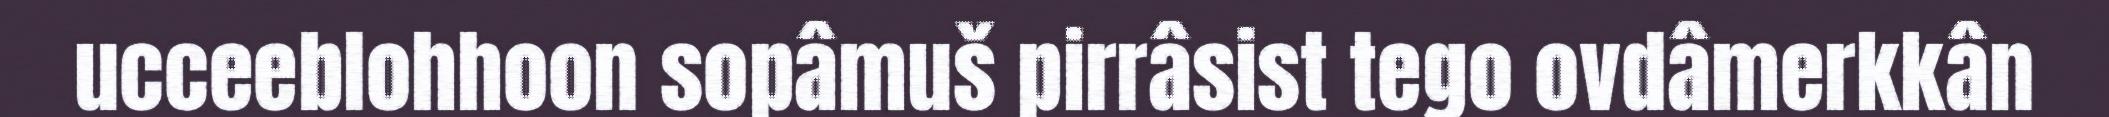
ucceeblohhoon sopâmuš pirrâsist tego ovdâmerkkân